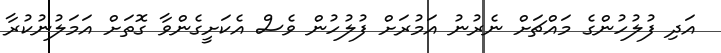
އަދި ފުލުހުންގެ މައްޗަށް ނެރުނު އަމުރަށް ފުލުހުން ވެސް އެކަށީގެންވާ ގޮތަށް އަމަލުނުކުރާ